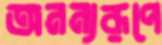
অনন্যরূপে